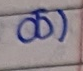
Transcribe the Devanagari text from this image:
ळ